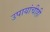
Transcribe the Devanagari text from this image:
उपायांचीही